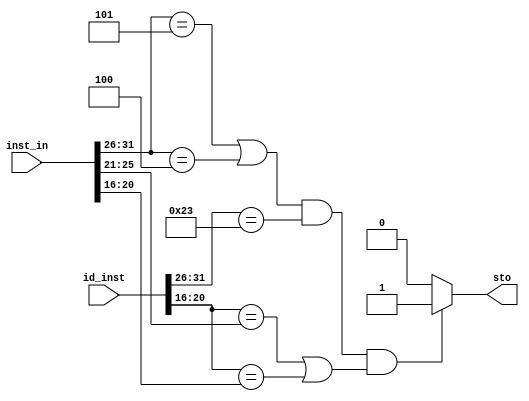
module stop(sto,inst_in,id_inst);
  output reg sto;
  input [31:0]inst_in;
  input [31:0]id_inst;
  
  always@(*)
  begin
    if((inst_in[31:26]==5 || inst_in[31:26]==4)&&(id_inst[31:26]==35)&&(id_inst[20:16]==inst_in[25:21]||id_inst[20:16]==inst_in[20:16]))
      sto=1;
    else
      sto=0;  
  end
  
  
  
endmodule